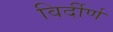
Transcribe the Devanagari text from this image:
विर्दीर्ण